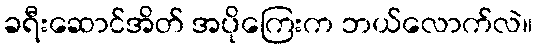
ခရီးဆောင်အိတ် အပိုကြေးက ဘယ်လောက်လဲ။